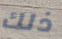
ذلك